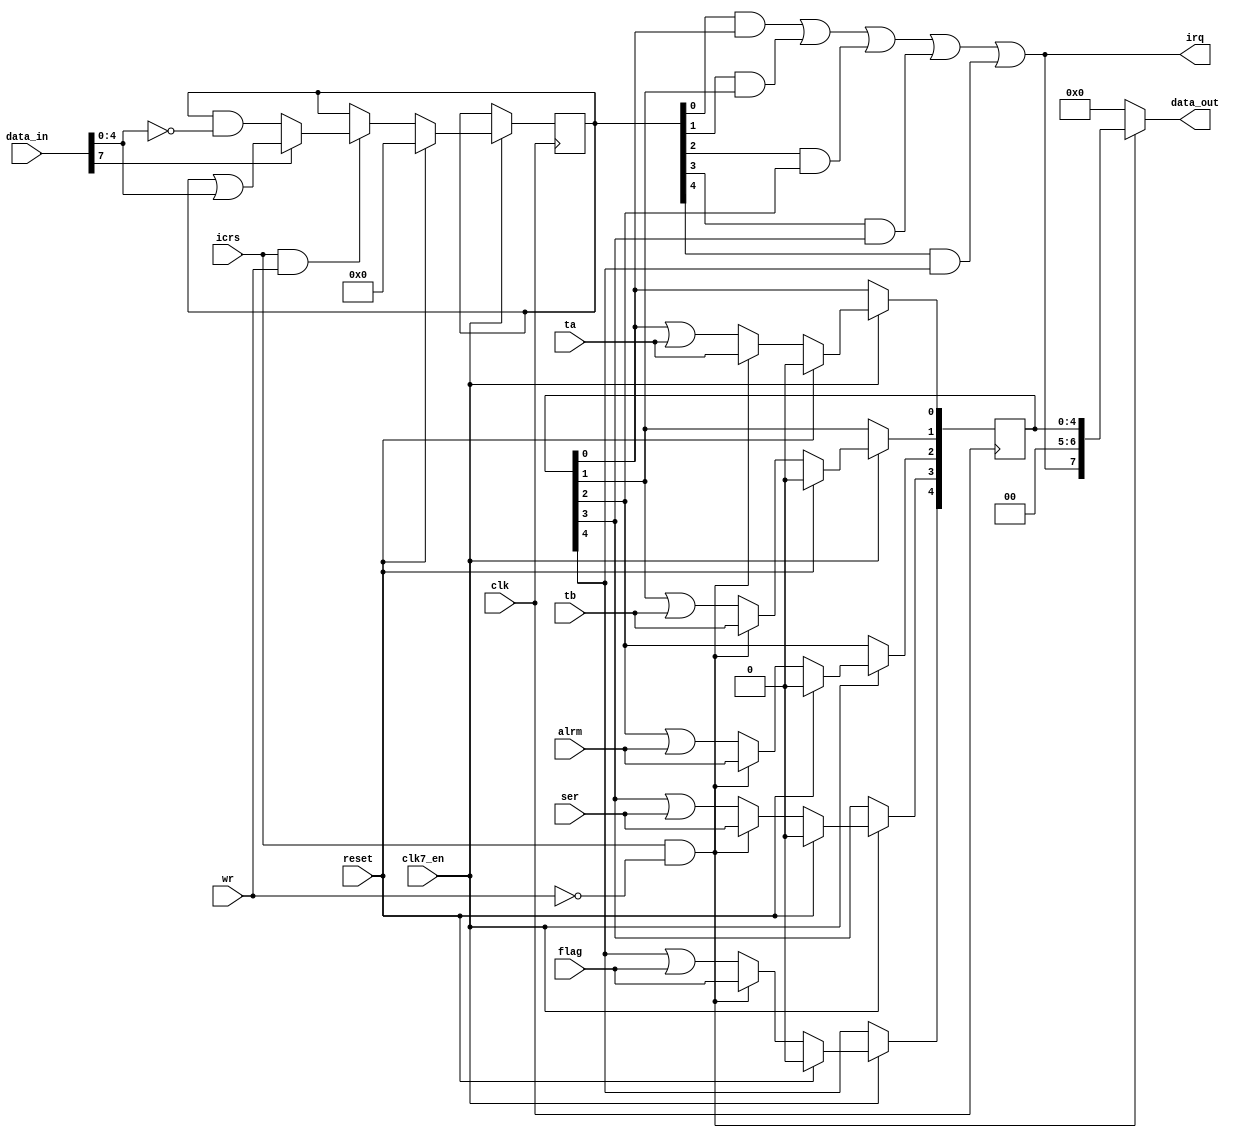
module cia_int
(
  input   clk,          
  input clk7_en,
  input  wr,          
  input   reset,         
  input   icrs,        
  input  ta,          
  input  tb,            
  input  alrm,         
  input   flag,         
  input   ser,        
  input   [7:0] data_in,    
  output   [7:0] data_out,    
  output  irq          
);
reg  [4:0] icr = 5'd0;      
reg  [4:0] icrmask = 5'd0;    
assign data_out[7:0] = icrs && !wr ? {irq,2'b00,icr[4:0]} : 8'b0000_0000;
always @(posedge clk)
  if (clk7_en) begin
    if (reset)
      icrmask[4:0] <= 5'b0_0000;
    else if (icrs && wr)
    begin
      if (data_in[7])
        icrmask[4:0] <= icrmask[4:0] | data_in[4:0];
      else
        icrmask[4:0] <= icrmask[4:0] & (~data_in[4:0]);
    end
  end
always @(posedge clk)
  if (clk7_en) begin
    if (reset)
      icr[4:0] <= 5'b0_0000;
    else if (icrs && !wr)
    begin
      icr[0] <= ta;      
      icr[1] <= tb;      
      icr[2] <= alrm;       
      icr[3] <= ser;       
      icr[4] <= flag;      
    end
    else
    begin
      icr[0] <= icr[0] | ta;    
      icr[1] <= icr[1] | tb;    
      icr[2] <= icr[2] | alrm;  
      icr[3] <= icr[3] | ser;    
      icr[4] <= icr[4] | flag;  
    end
  end
assign irq   = (icrmask[0] & icr[0])
      | (icrmask[1] & icr[1])
      | (icrmask[2] & icr[2])
      | (icrmask[3] & icr[3])
      | (icrmask[4] & icr[4]);
endmodule